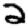
Digit: 2